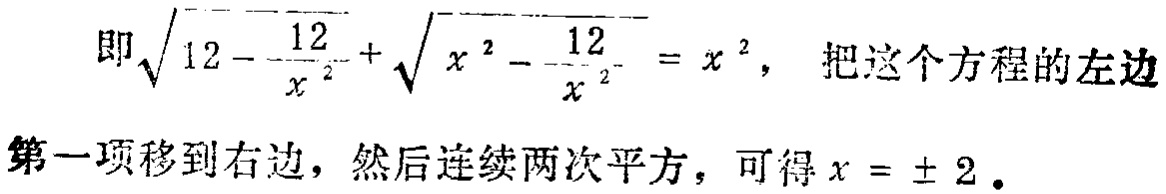
即\(\sqrt{12 - \frac{12}{x^{2}}} + \sqrt{x^{2} - \frac{12}{x^{2}}} = x^{2}\)，把这个方程的左边第一项移到右边，然后连续两次平方，可得\(x = \pm 2\)。